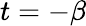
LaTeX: t=-\beta